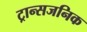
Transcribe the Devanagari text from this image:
ट्रान्सजनिक